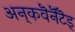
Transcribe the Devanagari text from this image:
अन्‌कवॆनॆंटॆड्